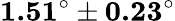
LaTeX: \textbf{1.51}^{\circ}\pm\mathbf{0.23}^{\circ}